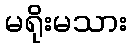
မရိုးမသား